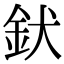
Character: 𮡧